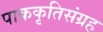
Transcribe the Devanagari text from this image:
पाककृतिसंग्रह